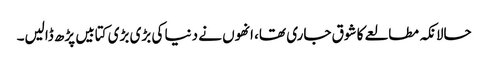
حالانکہ مطالعے کا شوق جاری تھا، انھوں نے دنیا کی بڑی بڑی کتابیں پڑھ ڈالیں۔